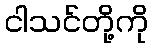
ငါသင်တို့ကို